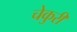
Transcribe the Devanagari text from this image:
चेकुरी